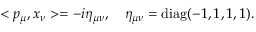
< p _ { \mu } , x _ { \nu } > = - i \eta _ { \mu \nu } , \quad \eta _ { \mu \nu } = \mathrm { d i a g } ( - 1 , 1 , 1 , 1 ) .